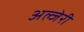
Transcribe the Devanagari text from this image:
अल्जेरी